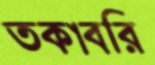
তকাব্বরি